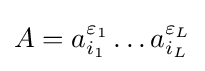
A=a_{i_{1}}^{\varepsilon _{1}}\ldots a_{i_{L}}^{\varepsilon _{L}}